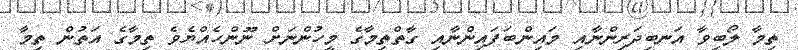
ތިމާ ލޯބިވާ އަނބިދަރިންނާއި މައިންބަފައިންނާއި ގާތްތިމާގެ މީހުންނަށް ނޫންހެއްޔެވެ ތިމާގެ އަތުން ތިމާ